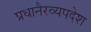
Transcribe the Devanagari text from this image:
प्रधानैरव्यपदेश